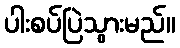
ပါးစပ်ပြဲသွားမည်။